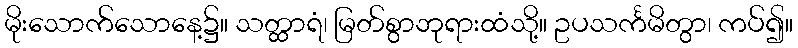
မိုးသောက်သောနေ့၌။ သတ္ထာရံ၊ မြတ်စွာဘုရားထံသို့။ ဥပသင်္ကမိတွာ၊ ကပ်၍။